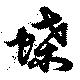
蝶